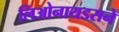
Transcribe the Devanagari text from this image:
लिओनायडसने